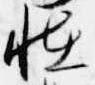
恠